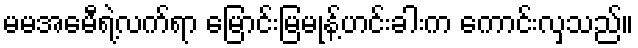
မမအေမီရဲ့လက်ရာ မြောင်းမြမုန့်ဟင်းခါးက ကောင်းလှသည်။